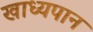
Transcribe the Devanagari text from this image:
खाध्यपान